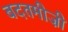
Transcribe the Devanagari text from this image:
बदतमीज़ी